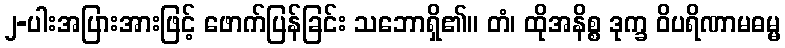
၂-ပါးအပြားအားဖြင့် ဖောက်ပြန်ခြင်း သဘောရှိ၏။ တံ၊ ထိုအနိစ္စ ဒုက္ခ ဝိပရိဏာမဓမ္မ